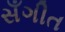
સઁગીત